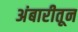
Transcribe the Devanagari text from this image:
अंबारीतून